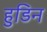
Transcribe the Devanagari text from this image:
हुडिन